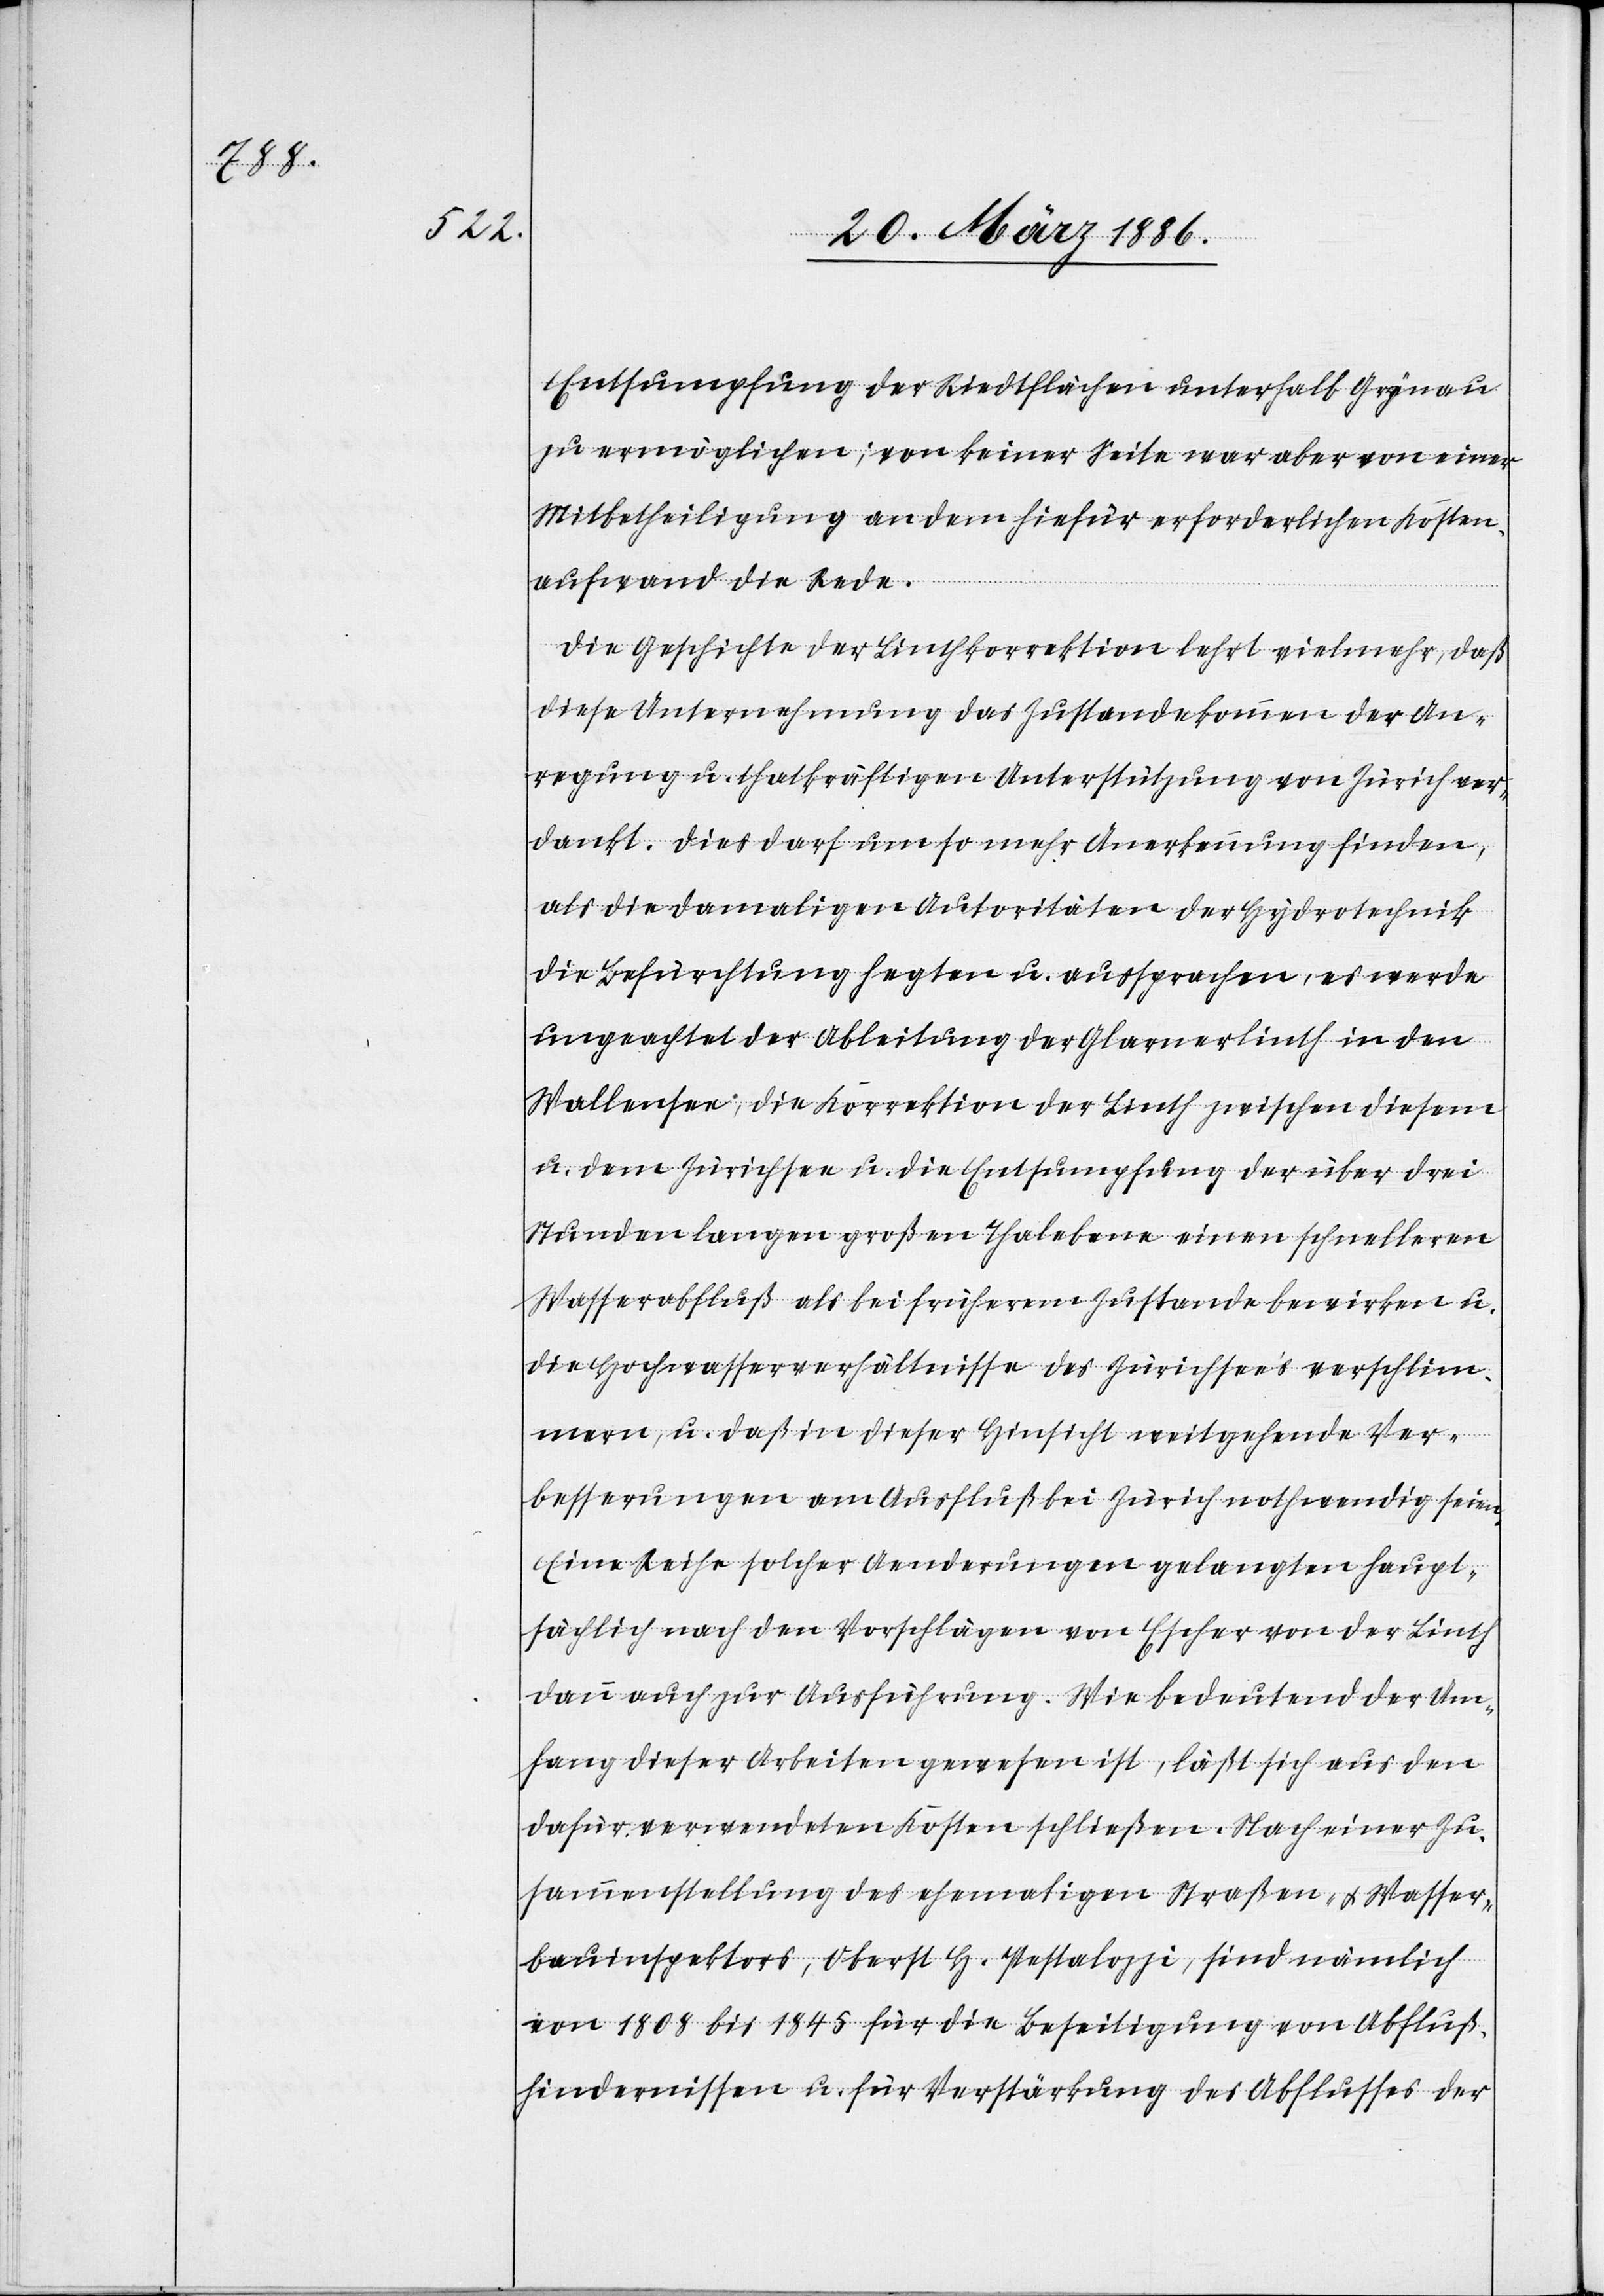
Entsumpfung der Riedtflächen unterhalb Grynau
zu ermöglichen; von keiner Seite war aber von einer
Mitbetheiligung an dem hiefür erforderlichen Kosten¬
aufwand die Rede.
Die Geschichte der Linthkorrektion lehrt vielmehr, daß
diese Unternehmung das Zustandekommen der An¬
regung u. tatkräftigen Unterstützung von Zürich ver¬
dankt. Dies darf um so mehr Anerkennung finden,
als die damaligen Autoritäten der Hydrotechnik
die Befürchtung hegten u. aussprachen, es werde
ungeachtet der Ableitung der Glarnerlinth in den
Wallensee die Korrektion der Linth zwischen diesem
u. dem Zürichsee u. die Entsumpfung der über drei
Stunden langen großen Thalebene einen schnelleren
Wasserabfluß als bei früherem Zustande bewirken u.
die Hochwasserverhältnisse des Zürchsee’s verschlim¬
mern, u. daß in dieser Hinsicht weitgehende Ver¬
besserungen am Ausfluß bei Zürich nothwendig seien.
Eine Reihe solcher Aenderungen gelangten haupt¬
sächlich nach den Vorschlägen von Escher von der Linth
dann auch zur Ausführung. Wie bedeutend der An¬
laß dieser Arbeiten gewesen ist, läßt sich aus den
dafür verwendeten Kosten schließen. Nach einer Zu¬
sammenstellung des ehemaligen Straßen- & Wasser¬
bauinspektors, Oberst H. Pestalozzi, sind nämlich
von 1808 bis 1845 für die Beseitigung von Abfluß¬
hindernissen u. für Verstärkung des Abflusses der